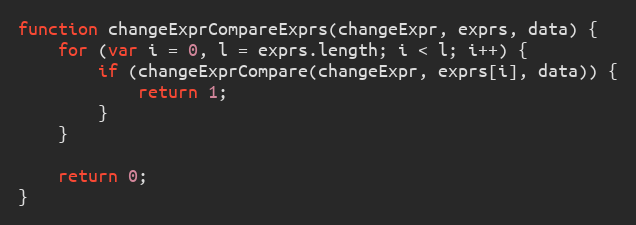
Language: JavaScript
function changeExprCompareExprs(changeExpr, exprs, data) {
    for (var i = 0, l = exprs.length; i < l; i++) {
        if (changeExprCompare(changeExpr, exprs[i], data)) {
            return 1;
        }
    }

    return 0;
}